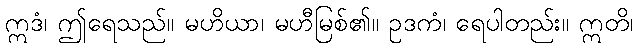
ဣဒံ၊ ဤရေသည်။ မဟိယာ၊ မဟီမြစ်၏။ ဥဒကံ၊ ရေပါတည်း။ ဣတိ၊